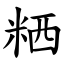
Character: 粞